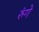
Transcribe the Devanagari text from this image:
रुंगे